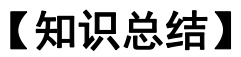
【知识总结】